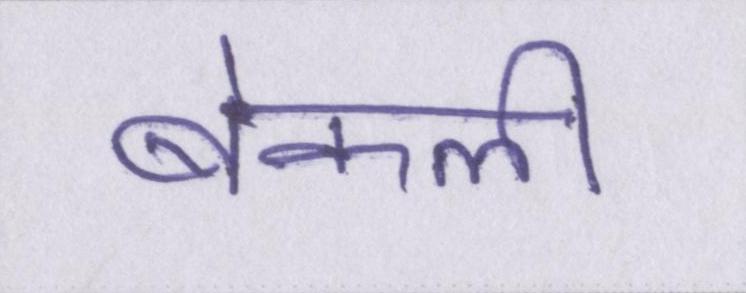
बेकली